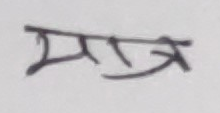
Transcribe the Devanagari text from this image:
मत्र